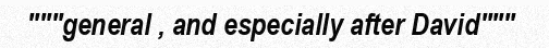
"""general , and especially after David"""